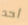
أحد